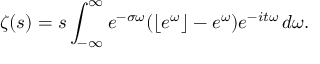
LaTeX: \zeta ( s ) = s \int _ { - \infty } ^ { \infty } e ^ { - \sigma \omega } ( \lfloor e ^ { \omega } \rfloor - e ^ { \omega } ) e ^ { - i t \omega } \, d \omega .